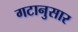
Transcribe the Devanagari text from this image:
गटानुसार